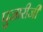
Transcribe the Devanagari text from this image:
पुजारीजी